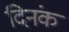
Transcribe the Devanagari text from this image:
दिनंक